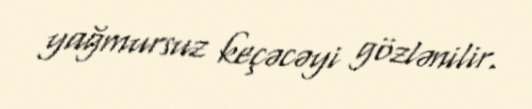
yağmursuz keçəcəyi gözlənilir.